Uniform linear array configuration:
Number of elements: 8
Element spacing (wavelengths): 0.75
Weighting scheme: hann
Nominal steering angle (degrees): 15
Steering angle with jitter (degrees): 16.027
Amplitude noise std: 0.05
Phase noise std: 0.05

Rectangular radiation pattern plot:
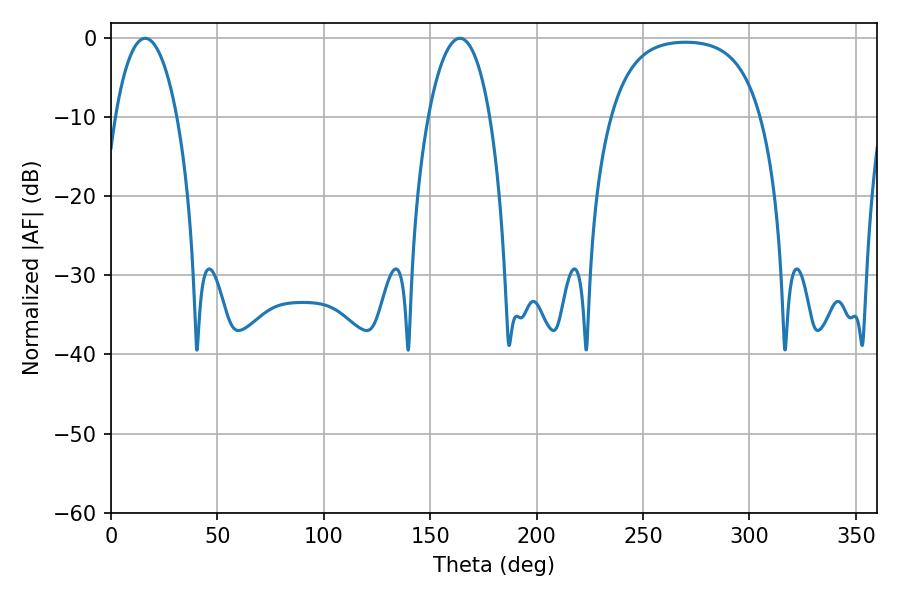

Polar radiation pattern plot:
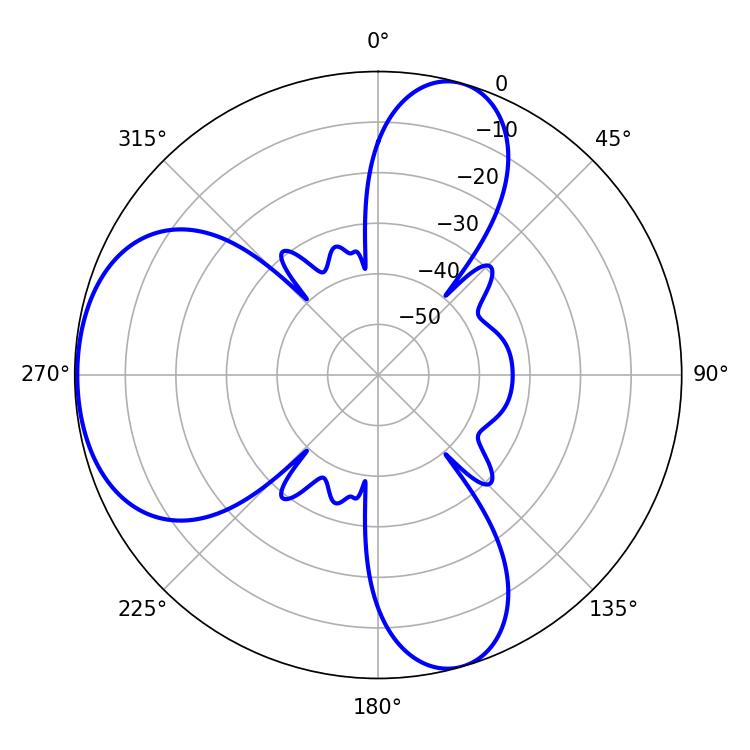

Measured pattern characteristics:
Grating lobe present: TRUE
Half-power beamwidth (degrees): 16.2
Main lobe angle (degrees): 16.02